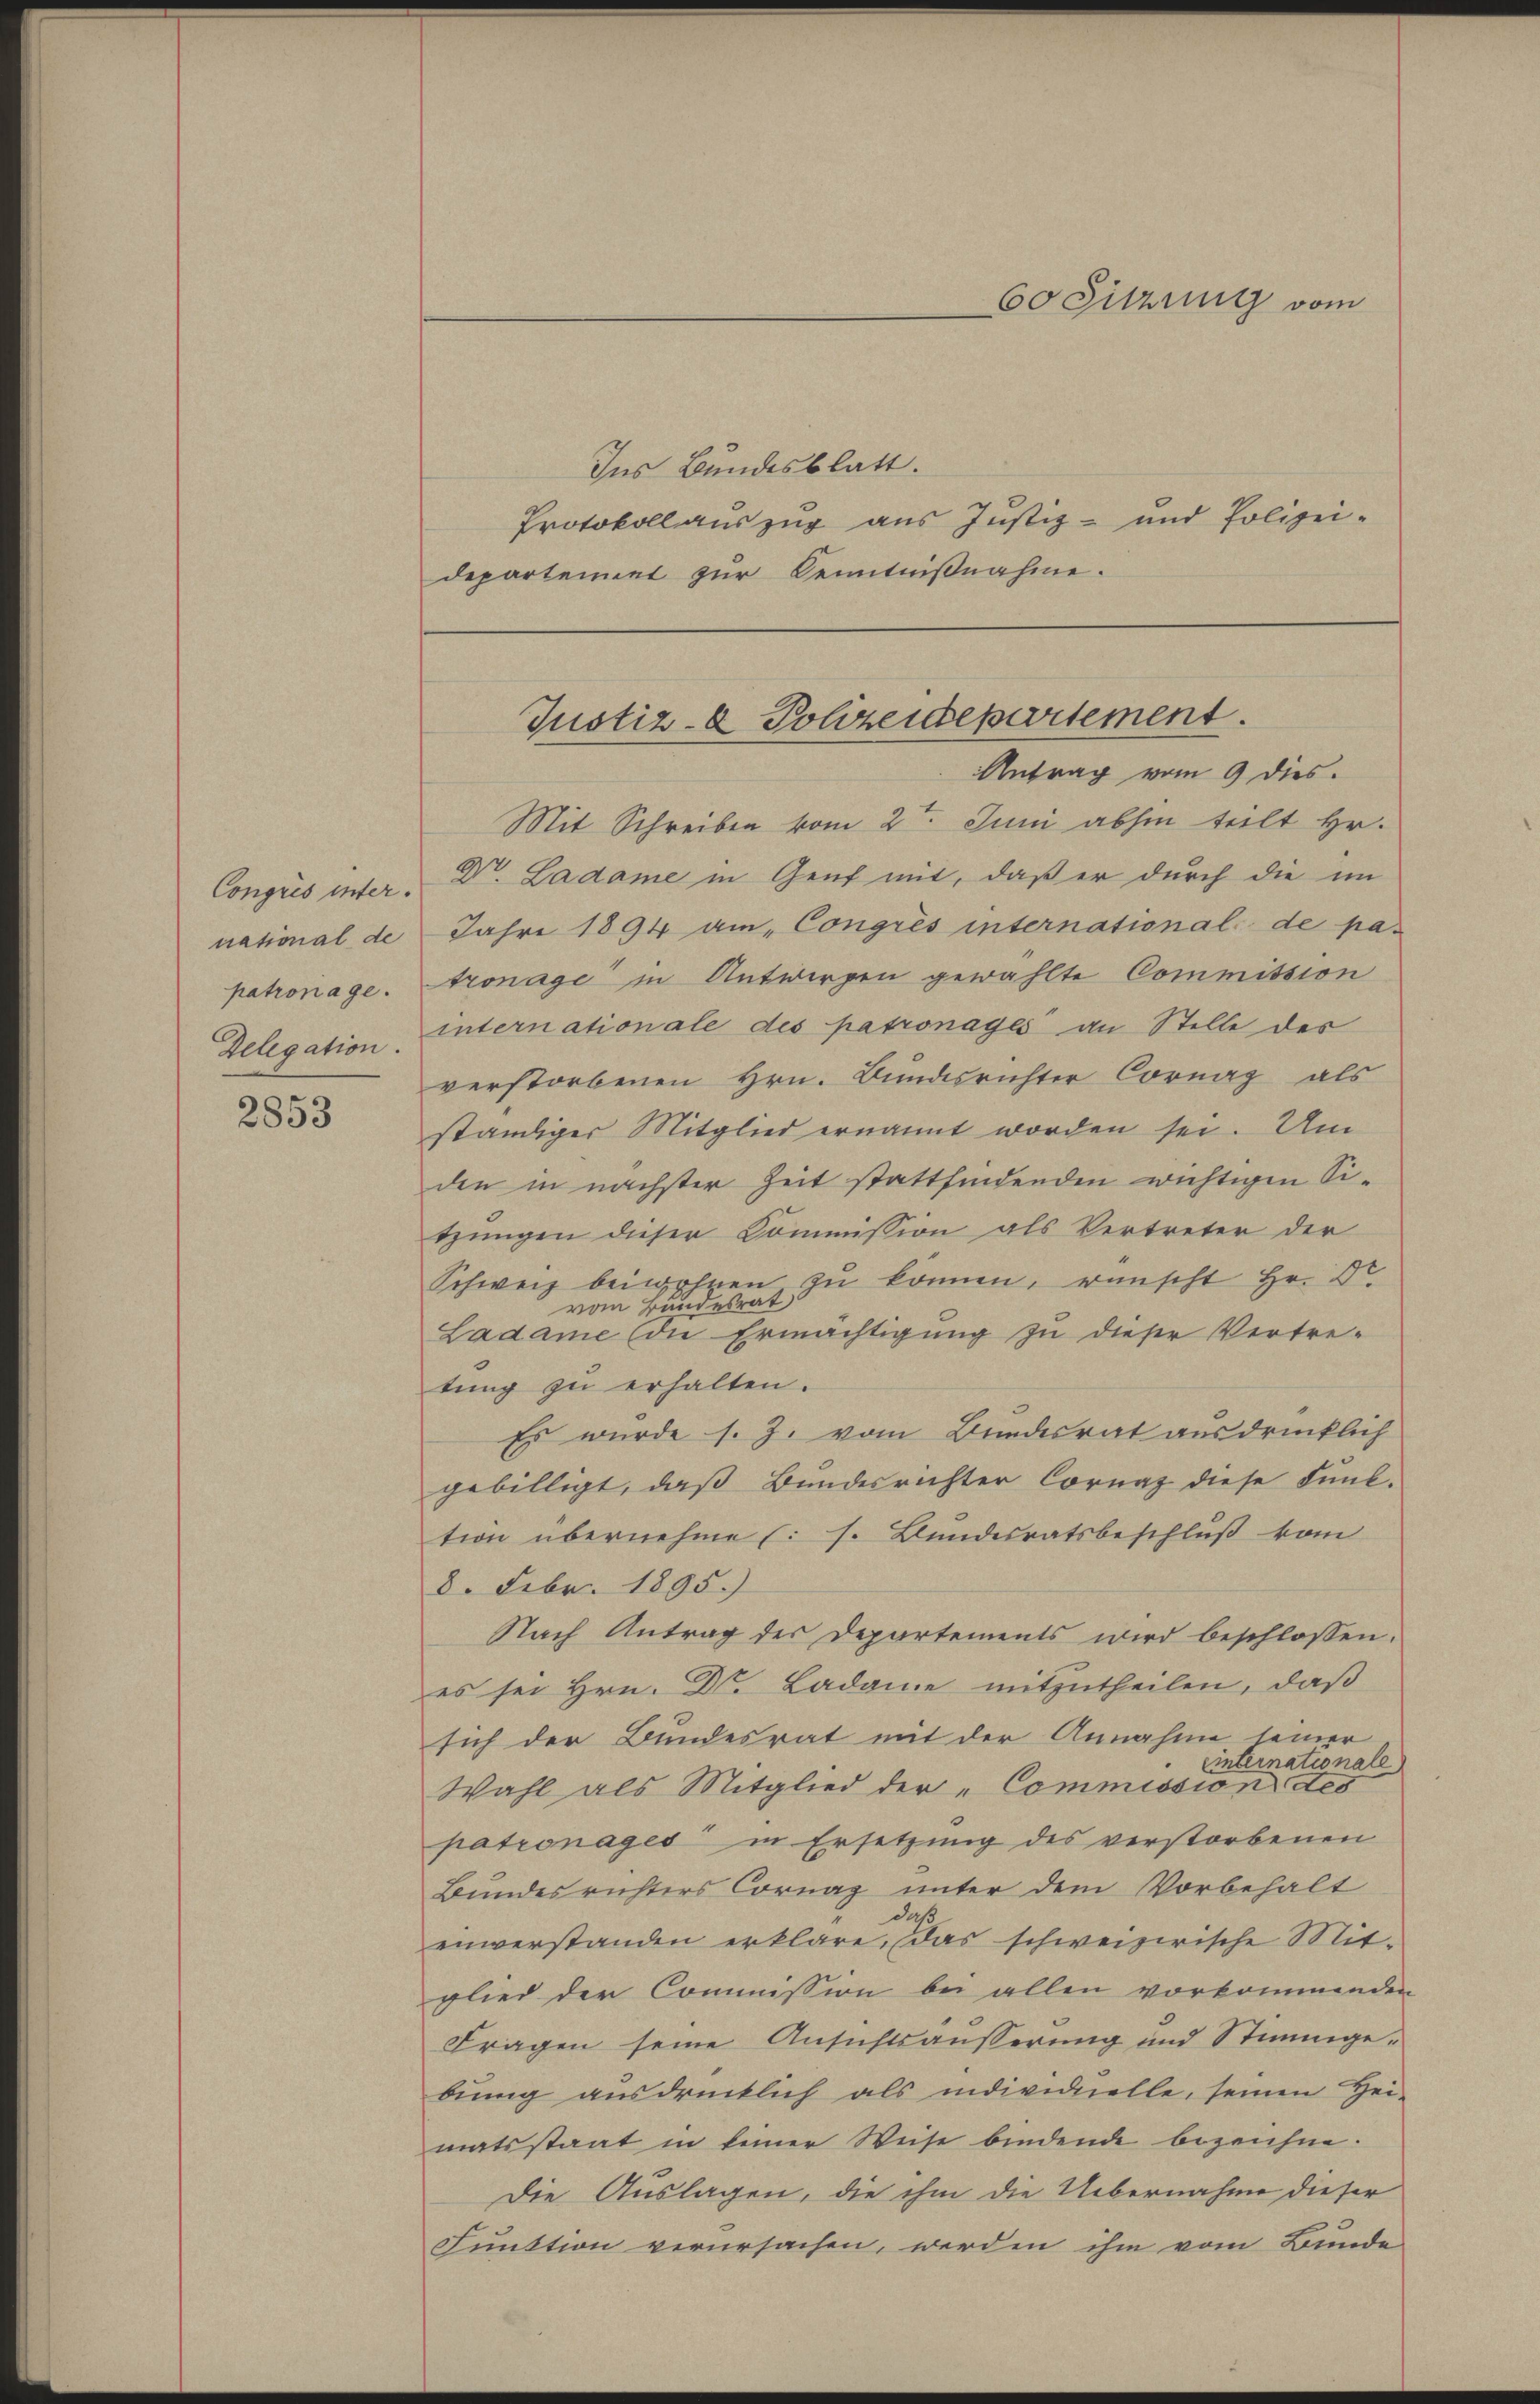
national de
Delegation.

2853

Ins Bundesblatt.
Protokoll auszug aus Justiz- und Polizei-
departement zur Kenntnißnahme.

60 Sitzung vom

Justiz- & Polizeidepartement.
Antrag vom 9 dies

Mit Schreiben vom 2t Juni abhin teilt Hr.
Congris inter. Dr. Ladame in Genf mit, daß er durch die im
Jahre 1894 am „Congrés international de papatronage. Aronage in Antworfen gewählte Commission
internationale des patronages an Stelle des
verstorbenen Hrn. Bundesrichter Cornag als
ständiger Mitglied ernannt worden sei. Um
den in nächster Zeit stattfindenden wichtigen Sitzungen dieser Commission als Vertreter der
Schweiz beiwohnen, zŭ können, wünscht Hr. Dr.
vom Bundesrat
Ladame die Ermächtigung zu dieser Vertre-
tung zu erhalten.
Es wurde s. Z. vom Bundesrat ausdrücklich
gebilligt, daß Bundesrichter Cornaz diese Funk-
tion übernehme (s. Bundesratsbeschluß vom
8. Febr. 1895.)
Nach Antrag der Departements wird beschlossen,
es sei Hrn. Dr. Badame mitzutheilen, daß
sich der Bundesrat mit der Annahme seiner
inationale
Einbl
Wahl als Mitglied der „Commission des
patronages in Ersetzung des verstorbenen
Bundes richters Cornag unter dem Vorbehalt
einverstanden erkläre. das schweizerische Mitglied der Commission bei allen vorkommenden
Fragen seine Ansichtsäusserung und Stimmgebŭng ausdrücklich als individuelle, seinen Hei-
matsstaat in keiner Weise bindende bezeichne
Die Auslagen, die ihm die Uebernahme dieser
Funktion verursachen, werden ihm vom Bunde